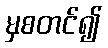
မှစတင်၍